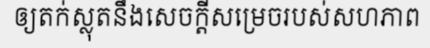
ឲ្យតក់ស្លុតនឹងសេចក្តីសម្រេចរបស់សហភាព